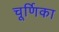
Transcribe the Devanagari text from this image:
चूर्णिका